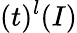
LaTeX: (t)^{l}(I)